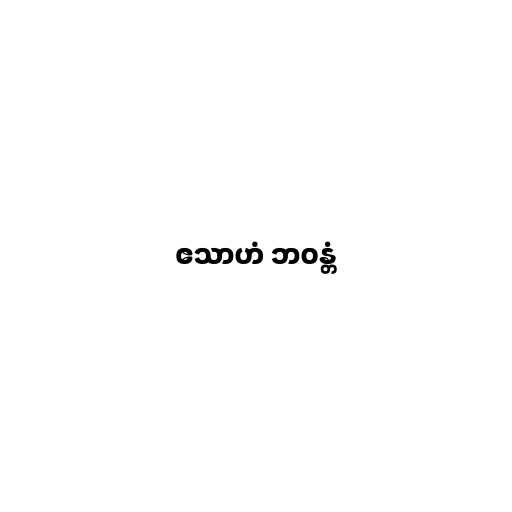
ဧသာဟံ ဘဝန္တံ